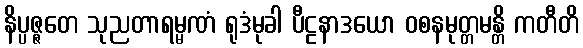
နိပ္ပဇ္ဇတေ သုညတာရမ္မဏံ ရုဒံမုခါ ပီဠနာဒယော ဝစနမုတ္တမန္တိ ကတီတိ